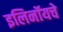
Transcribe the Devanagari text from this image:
इलिनॉयचे